Document type: bank_statement
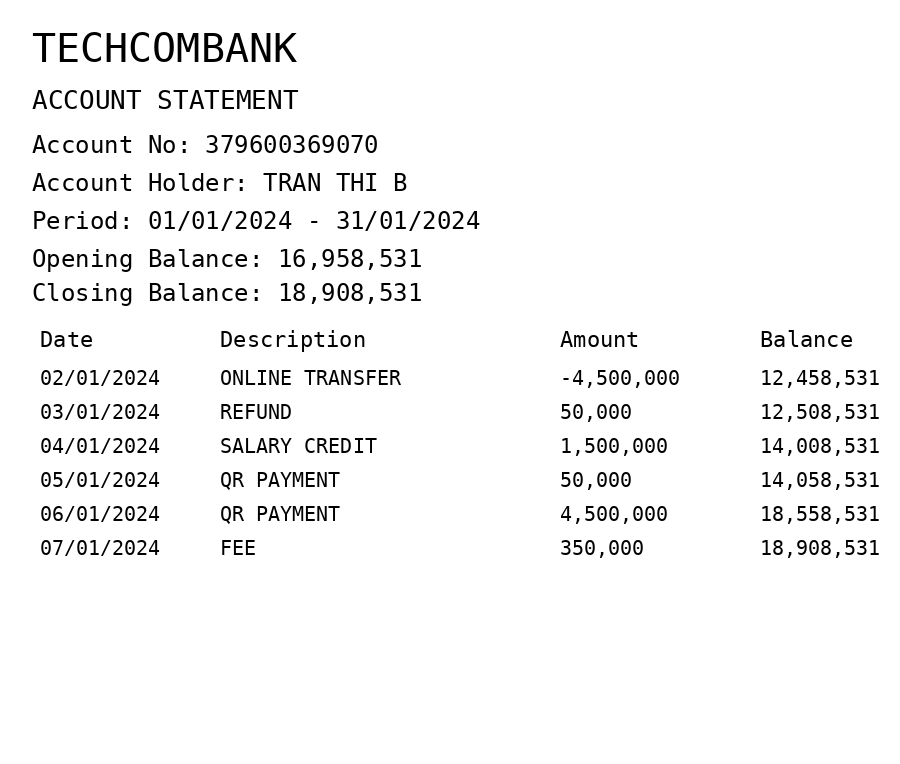
OCR transcript:
TECHCOMBANK
ACCOUNT STATEMENT
Account No: 379600369070
Account Holder: TRAN THI B
Period: 01/01/2024 - 31/01/2024
Opening Balance: 16,958,531
Closing Balance: 18,908,531
Date
Description
Amount
Balance
02/01/2024
ONLINE TRANSFER
-4,500,000
12,458,531
03/01/2024
REFUND
50,000
12,508,531
04/01/2024
SALARY CREDIT
1,500,000
14,008,531
05/01/2024
QR PAYMENT
50,000
14,058,531
06/01/2024
QR PAYMENT
4,500,000
18,558,531
07/01/2024
FEE
350,000
18,908,531
Extracted fields:
bank_name: techcombank
account_number: 379600369070
account_holder: tran thi b
statement_period: 01/01/2024 - 31/01/2024
opening_balance: 16958531
closing_balance: 18908531
transactions: date: 2024-01-02
description: online transfer
amount: -4500000
balance: 12458531
date: 2024-01-03
description: refund
amount: 50000
balance: 12508531
date: 2024-01-04
description: salary credit
amount: 1500000
balance: 14008531
date: 2024-01-05
description: qr payment
amount: 50000
balance: 14058531
date: 2024-01-06
description: qr payment
amount: 4500000
balance: 18558531
date: 2024-01-07
description: fee
amount: 350000
balance: 18908531